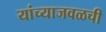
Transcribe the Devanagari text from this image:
यांच्याजवळची